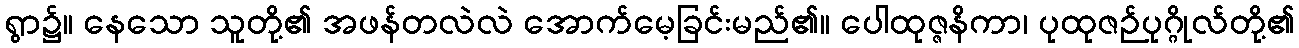
ရွာ၌။ နေသော သူတို့၏ အဖန်တလဲလဲ အောက်မေ့ခြင်းမည်၏။ ပေါထုဇ္ဇနိကာ၊ ပုထုဇဉ်ပုဂ္ဂိုလ်တို့၏